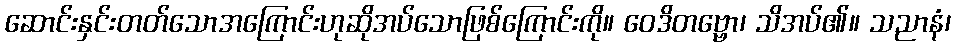
ဆောင်းနှင်းတတ်သောအကြောင်းဟုဆိုအပ်သောဖြစ်ကြောင်းကို။ ဝေဒိတဗ္ဗော၊ သိအပ်၏။ သညာနံ၊